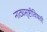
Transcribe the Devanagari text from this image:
नाट्यसृष्टीविषयी